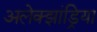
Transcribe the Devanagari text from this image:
अलेक्‍झांड्रिया